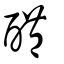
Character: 醴